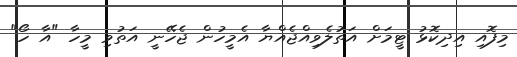
މިފޮއި އިދިކޮޅު ޓީމަށް އަތުލެވިއްޖެއްޔާ އެމީހުން ޖެހޭނީ އަތުވި މީހާ "އާ ހޯ"